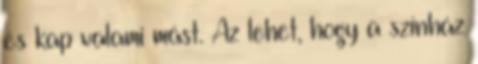
és kap valami mást. Az lehet, hogy a színház